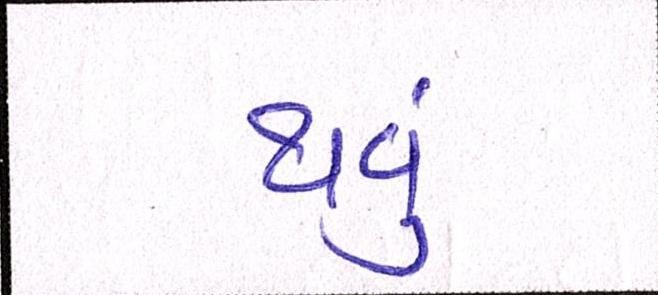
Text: થવું